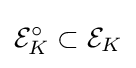
{\mathcal {E}}_{K}^{\circ }\subset {\mathcal {E}}_{K}